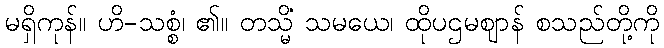
မရှိကုန်။ ဟိ-သစ္စံ၊ ၏။ တသ္မိံ သမယေ၊ ထိုပဌမဈာန် စသည်တို့ကို